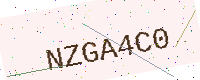
Text: NZGA4C0